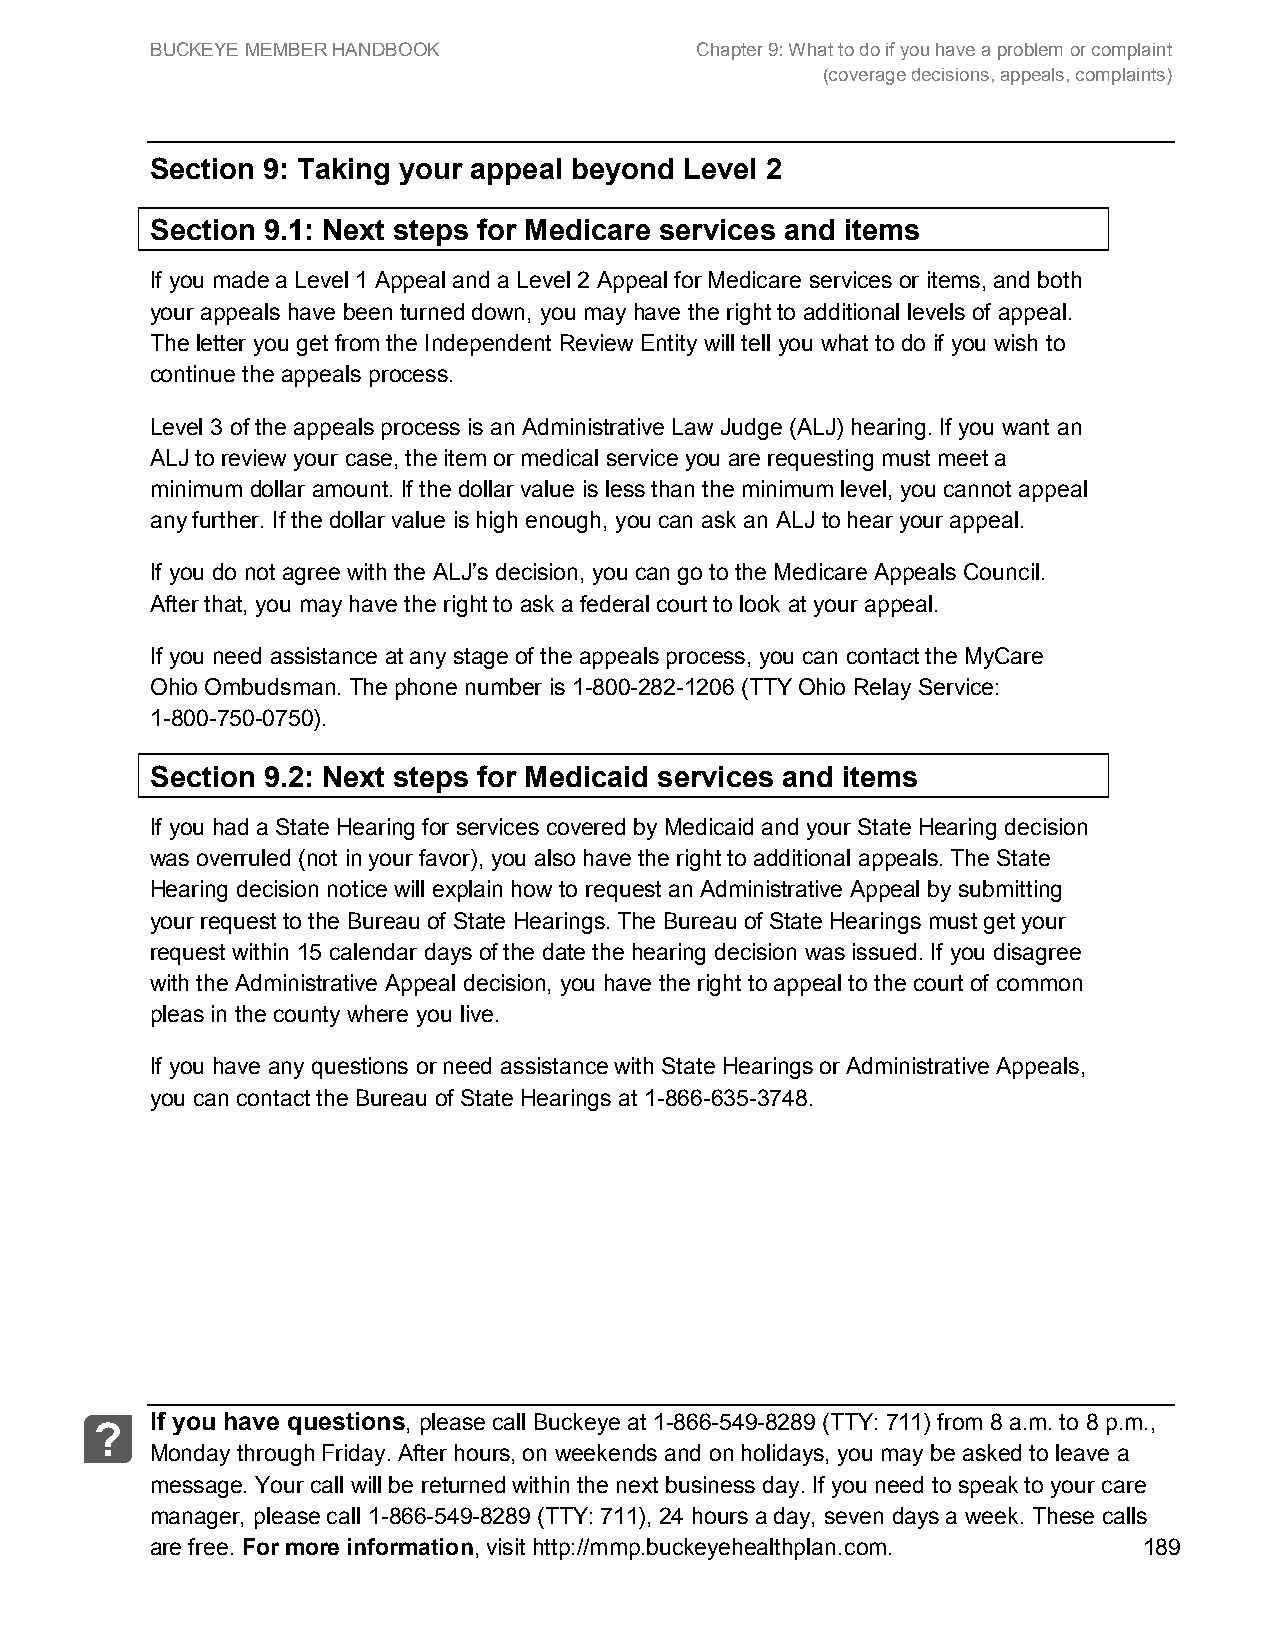
BUCKEYE MEMBER HANDBOOK             Chapter 9: What to do if you have a problem or complaint
 (coverage decisions, appeals, complaints)
 Section 9: Taking your appeal beyond Level 2
 Section 9.1: Next steps for Medicare services and items
 If you made a Level 1 Appeal and a Level 2 Appeal for Medicare services or items, and both
 your appeals have been turned down, you may have the right to additional levels of appeal.
 The letter you get from the Independent Review Entity will tell you what to do if you wish to
 continue the appeals process.
 Level 3 of the appeals process is an Administrative Law Judge (ALJ) hearing. If you want an
 ALJ to review your case, the item or medical service you are requesting must meet a
 minimum dollar amount. If the dollar value is less than the minimum level, you cannot appeal
 any further. If the dollar value is high enough, you can ask an ALJ to hear your appeal.
 If you do not agree with the ALJ’s decision, you can go to the Medicare Appeals Council.
 After that, you may have the right to ask a federal court to look at your appeal.
 If you need assistance at any stage of the appeals process, you can contact the MyCare
 Ohio Ombudsman. The phone number is 1-800-282-1206 (TTY Ohio Relay Service:
 1-800-750-0750).
 Section 9.2: Next steps for Medicaid services and items
 If you had a State Hearing for services covered by Medicaid and your State Hearing decision
 was overruled (not in your favor), you also have the right to additional appeals. The State
 Hearing decision notice will explain how to request an Administrative Appeal by submitting
 your request to the Bureau of State Hearings. The Bureau of State Hearings must get your
 request within 15 calendar days of the date the hearing decision was issued. If you disagree
 with the Administrative Appeal decision, you have the right to appeal to the court of common
 pleas in the county where you live.
 If you have any questions or need assistance with State Hearings or Administrative Appeals,
 you can contact the Bureau of State Hearings at 1-866-635-3748.
 If you have questions, please call Buckeye at 1-866-549-8289 (TTY: 711) from 8 a.m. to 8 p.m.,
 ?
 Monday through Friday. After hours, on weekends and on holidays, you may be asked to leave a
 message. Your call will be returned within the next business day. If you need to speak to your care
 manager, please call 1-866-549-8289 (TTY: 711), 24 hours a day, seven days a week. These calls
 are free. For more information, visit http://mmp.buckeyehealthplan.com. 189